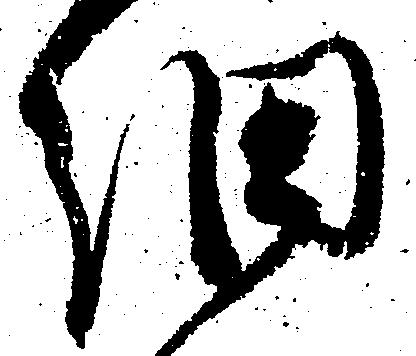
細